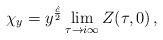
\begin{align*}\chi_y=y^{\frac{\hat c}{2}}\lim_{\tau\rightarrow i\infty} Z(\tau,0)\,,\end{align*}